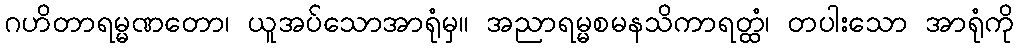
ဂဟိတာရမ္မဏတော၊ ယူအပ်သောအာရုံမှ။ အညာရမ္မစမနသိကာရတ္ထံ၊ တပါးသော အာရုံကို